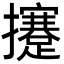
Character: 攓